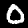
Digit: 0